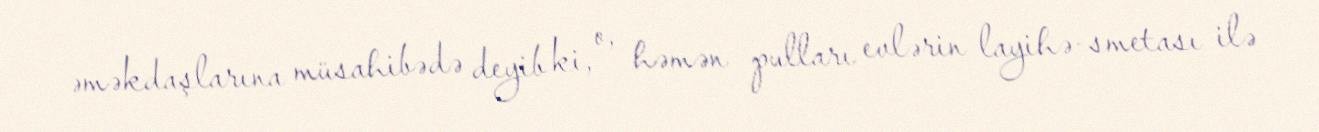
əməkdaşlarına müsahibədə deyib ki, o, həmən pulları evlərin layihə-smetası ilə